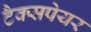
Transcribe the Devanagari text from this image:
टैक्सपेयर